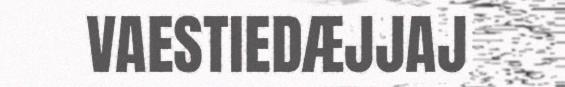
VAESTIEDÆJJAJ